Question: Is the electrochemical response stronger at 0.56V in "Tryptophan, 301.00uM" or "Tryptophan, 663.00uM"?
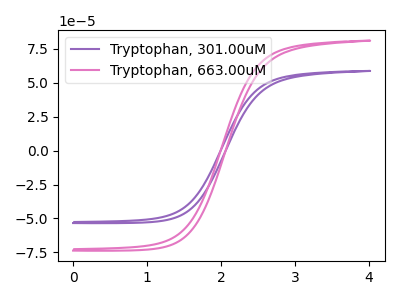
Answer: <think>The purple curve "Tryptophan, 301.00uM" has no peaks. The pink curve "Tryptophan, 663.00uM" has no peaks.</think>
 <answer>"Tryptophan, 301.00uM" and "Tryptophan, 663.00uM" dont share a peak at 0.56V.</answer>
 <eval>mismatch</eval>